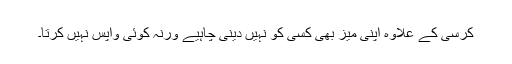
کرسی کے علاوہ اپنی میز بھی کسی کو نہیں دینی چاہیے ورنہ کوئی واپس نہیں کرتا۔